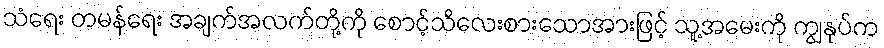
သံရေး တမန်ရေး အချက်အလက်တို့ကို စောင့်သိလေးစားသောအားဖြင့် သူ့အမေးကို ကျွနုပ်က